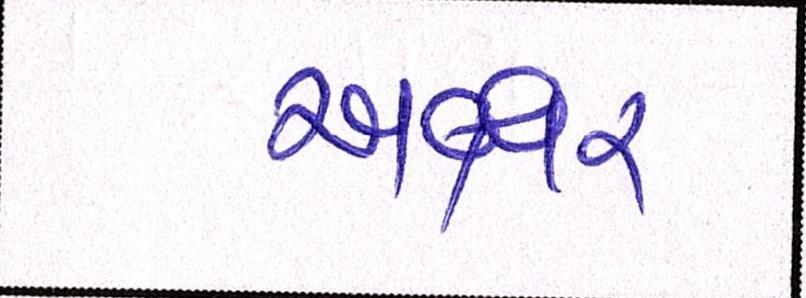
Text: અક્ષર